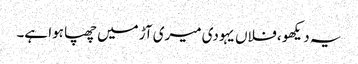
یہ دیکھو ، فلاں یہودی میری آڑ میں چھپا ہوا ہے۔